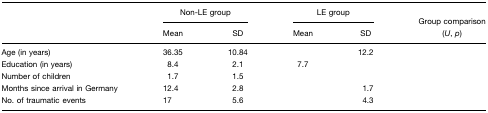
<table><thead><tr><td>[EMPTY_CELL]</td><td colspan="2"><b>Non-LE group</b></td><td colspan="2"><b>LE group</b></td><td>[EMPTY_CELL]</td></tr><tr><td>[EMPTY_CELL]</td><td><b>Mean</b></td><td><b>SD</b></td><td><b>Mean</b></td><td><b>SD</b></td><td><b>Group comparison (<i>U</i>, <i>p</i>)</b></td></tr></thead><tbody><tr><td>Age (in years)</td><td>36.35</td><td>10.84</td><td>[EMPTY_CELL]</td><td>12.2</td><td>[EMPTY_CELL]</td></tr><tr><td>Education (in years)</td><td>8.4</td><td>2.1</td><td>7.7</td><td>[EMPTY_CELL]</td><td>[EMPTY_CELL]</td></tr><tr><td>Number of children</td><td>1.7</td><td>1.5</td><td>[EMPTY_CELL]</td><td>[EMPTY_CELL]</td><td>[EMPTY_CELL]</td></tr><tr><td>Months since arrival in Germany</td><td>12.4</td><td>2.8</td><td>[EMPTY_CELL]</td><td>1.7</td><td>[EMPTY_CELL]</td></tr><tr><td>No. of traumatic events</td><td>17</td><td>5.6</td><td>[EMPTY_CELL]</td><td>4.3</td><td>[EMPTY_CELL]</td></tr></tbody></table>